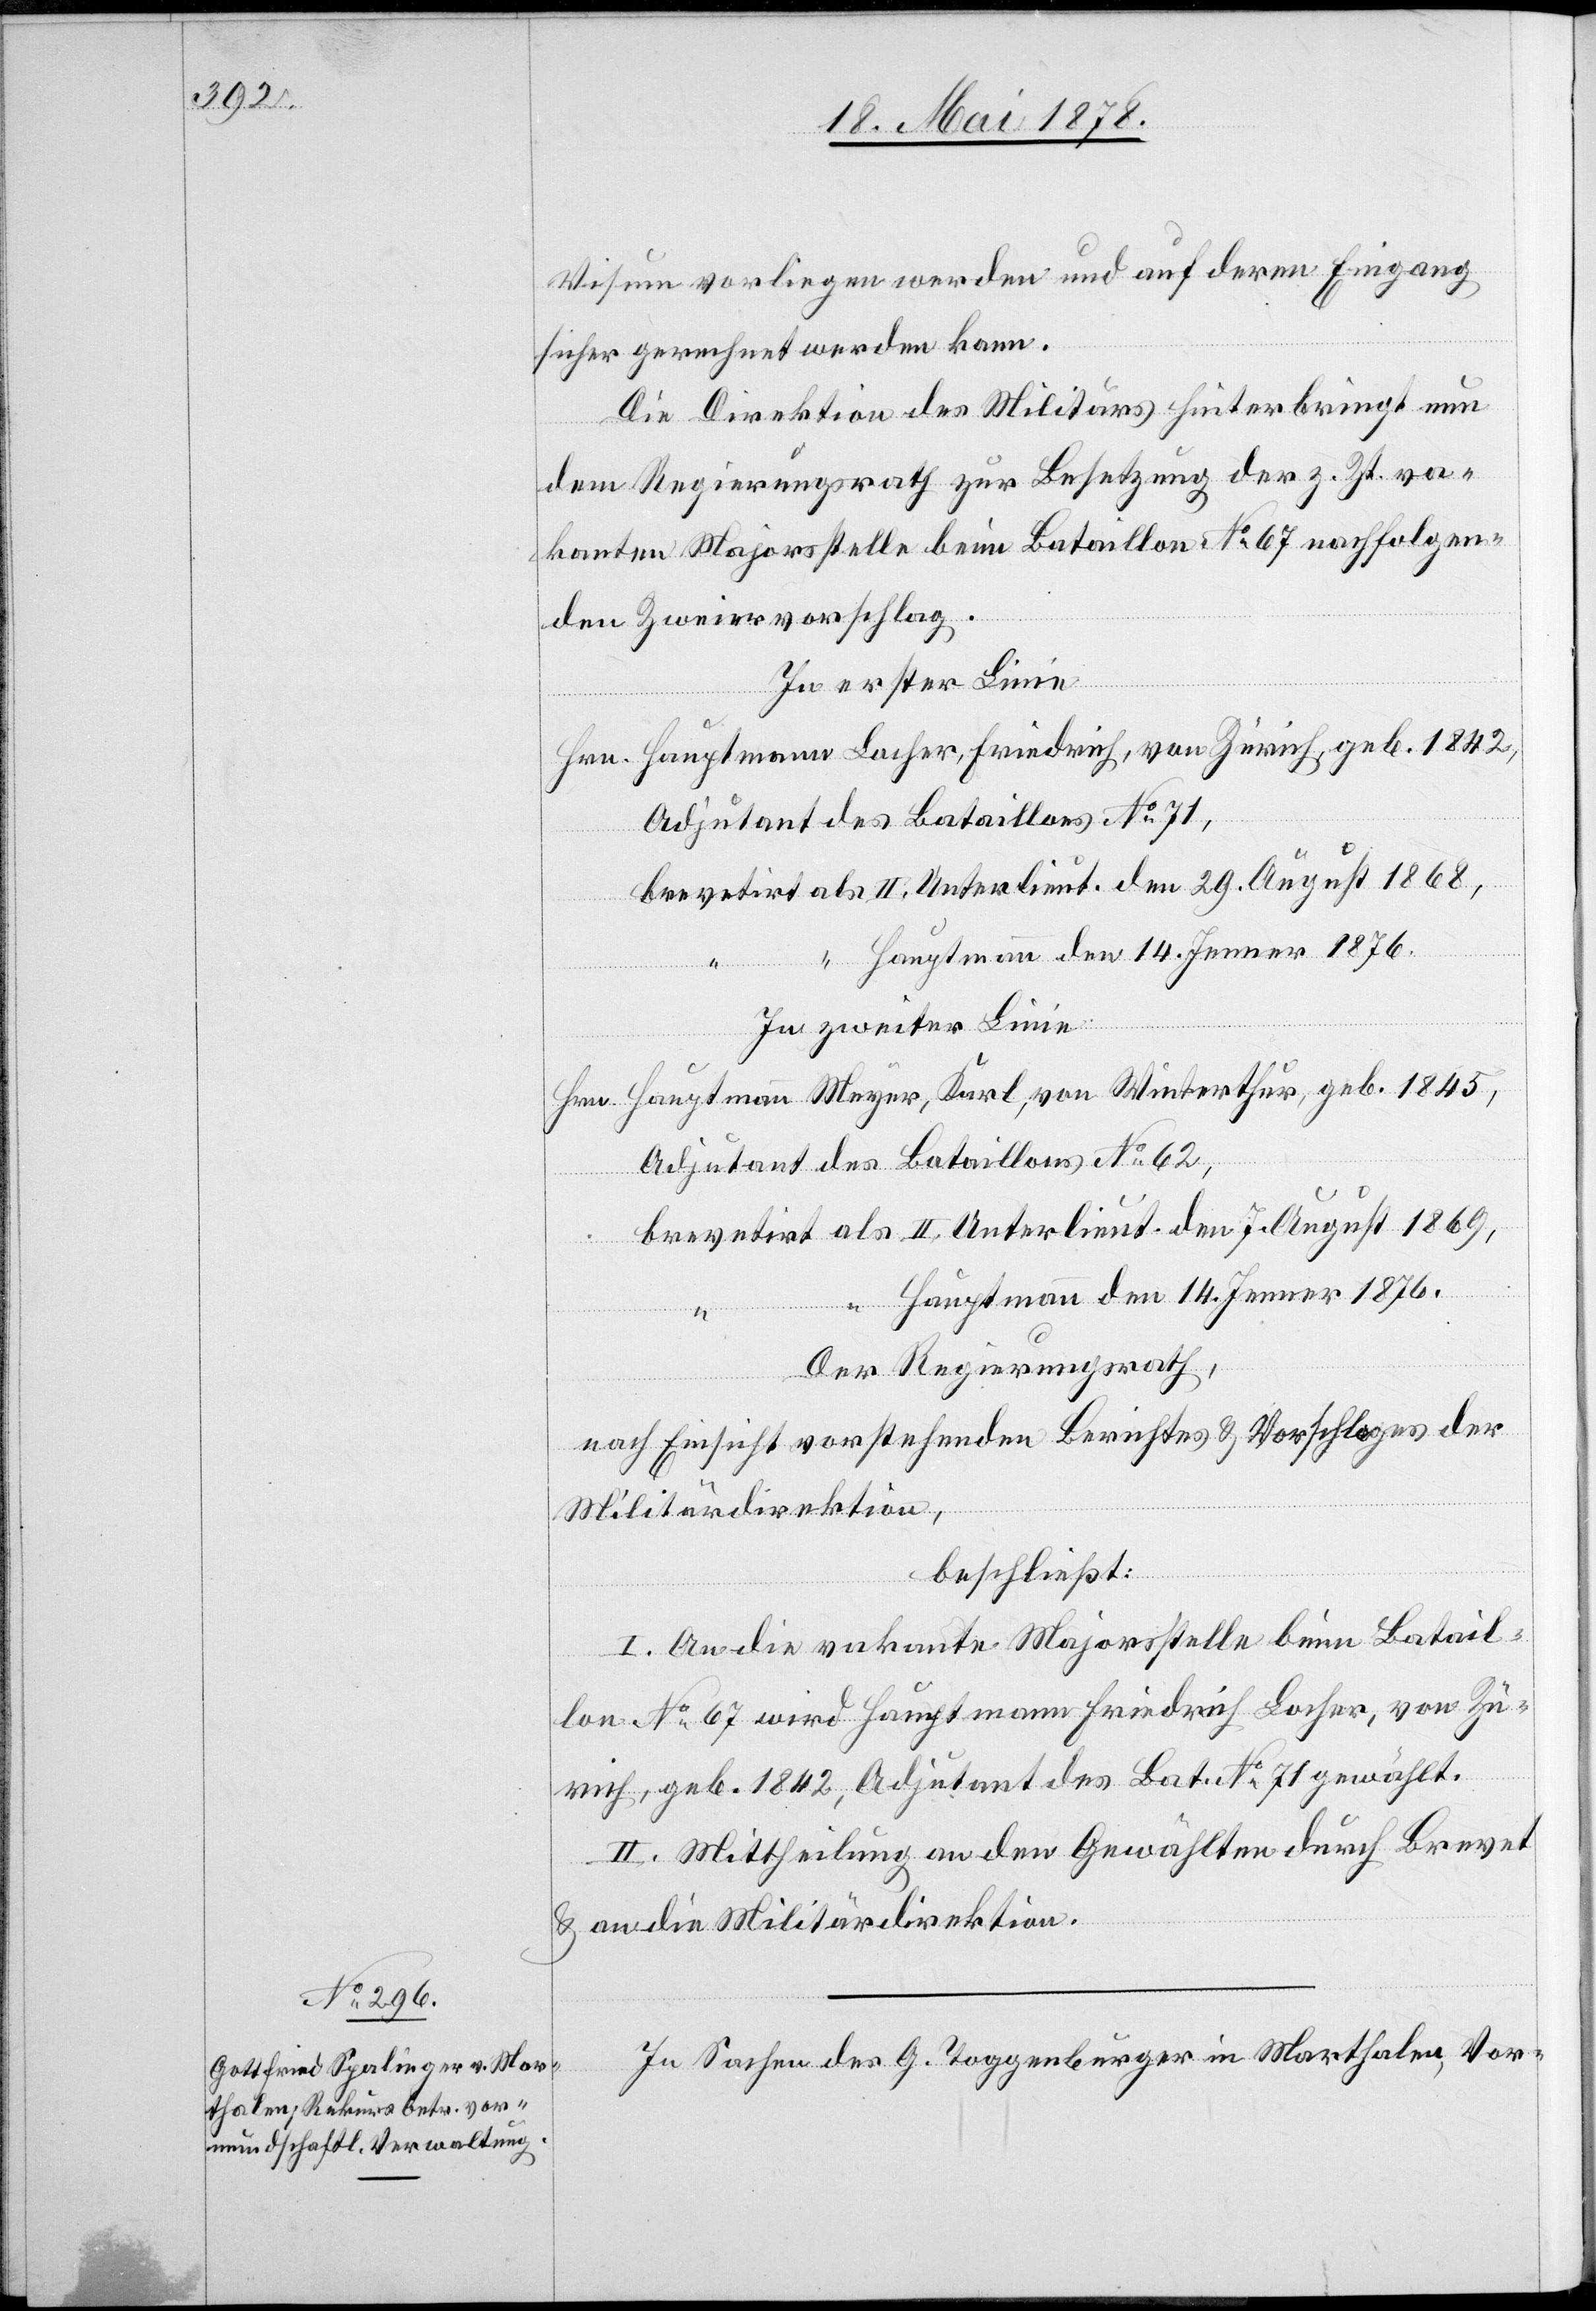
Visum vorliegen werden und auf deren Eingang
sicher gerechnet werden kann.
Die Direktion des Militärs hinterbringt nun
dem Regierungsrath zur Besetzung der z. Zt. va¬
kanten Majorsstelle beim Bataillon No 67 nachfolgen¬
den Zweiervorschlag.
In erster Linie
Hrn. Hauptmann Locher, Friedrich, von Zürich, geb. 1842,
Adjutant des Bataillons No 71,
brevetirt als II. Unterlieut. den 29. August 1868,
Hauptmann den 14. Jenner 1876.
In zweiter Linie
Hrn. Hauptmann Meyer, Karl, von Winterthur, geb. 1845,
Adjutant des Bataillons No 62,
brevetirt als II. Unterlieut. den 7. August 1869,
Hauptmann den 14. Jenner 1876.
Der Regierungsrath,
nach Einsicht vorstehenden Berichtes & Vorschlages der
Militärdirektion,
beschließt:
I. An die vakante Majorsstelle beim Batail¬
lon No 67 wird Hauptmann Friedrich Locher, von Zü¬
rich, geb. 1842, Adjutant des Bat. No 71 gewählt.
II. Mittheilung an den Gewählten durch Brevet
& an die Militärdirektion.
In Sachen des G. Toggenburger in Marthalen, Vor-